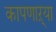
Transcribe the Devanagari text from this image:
कापणाऱ्या